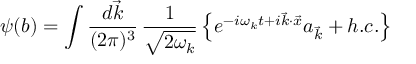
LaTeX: \psi ( b ) = \int \frac { d \vec { k } } { ( 2 \pi ) ^ { 3 } } \, \frac { 1 } { \sqrt { 2 \omega _ { k } } } \left\lbrace e ^ { - i \omega _ { k } t + i \vec { k } \cdot \vec { x } } a _ { \vec { k } } + h . c . \right\rbrace